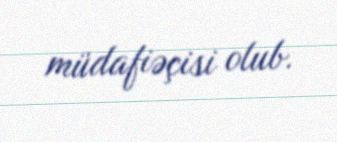
müdafiəçisi olub.